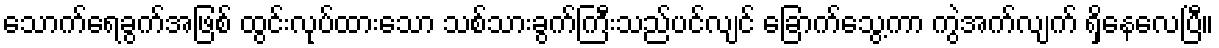
သောက်ရေခွက်အဖြစ် ထွင်းလုပ်ထားသော သစ်သားခွက်ကြီးသည်ပင်လျင် ခြောက်သွေ့ကာ ကွဲအက်လျက် ရှိနေလေပြီ။